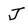
Character: J